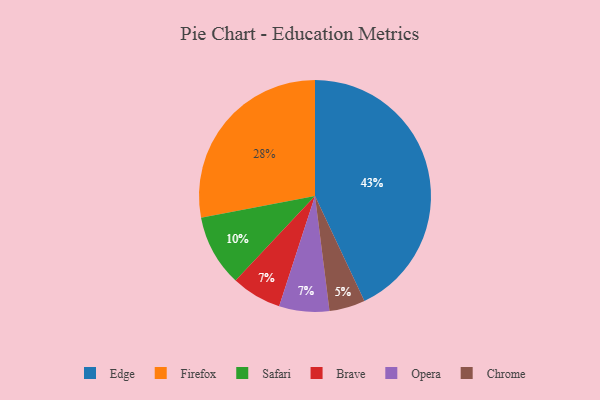
{"axis": {"x": "Category", "y": "Percentage"}, "legend": ["Brave", "Chrome", "Edge", "Firefox", "Opera", "Safari"], "data": [{"x": "Brave", "y": 7, "type": "Brave"}, {"x": "Safari", "y": 10, "type": "Safari"}, {"x": "Opera", "y": 7, "type": "Opera"}, {"x": "Edge", "y": 43, "type": "Edge"}, {"x": "Chrome", "y": 5, "type": "Chrome"}, {"x": "Firefox", "y": 28, "type": "Firefox"}]}